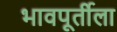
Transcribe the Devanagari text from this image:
भावपूर्तीला